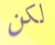
لكن